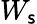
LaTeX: W_{\mathsf{s}}